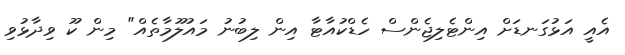
އެއީ އަޅުގަނޑަށް އިންޓެލިޖެންސް ހެޑްކުއާޓާ އިން ލިބުނު މައުލޫމާތެއް" މިން ކޫ ވިދާޅުވި